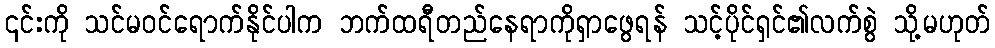
၎င်းကို သင်မဝင်ရောက်နိုင်ပါက ဘက်ထရီတည်နေရာကိုရှာဖွေရန် သင့်ပိုင်ရှင်၏လက်စွဲ သို့မဟုတ်